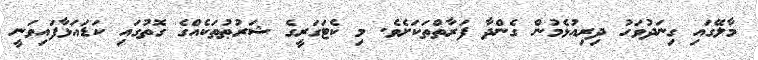
މާލޭގައި ގިނަދުވަހު ދިރިއުޅެމުން ގެންދާ ފަރާތްތަކަށެވެ. މި ކެޓަގަރީގެ ޝަރުޠުތަކެއްގެ ގޮތުގައި ކަޑައަޅާފައިވަނީ